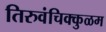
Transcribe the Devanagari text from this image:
तिरुवंचिक्कुळम